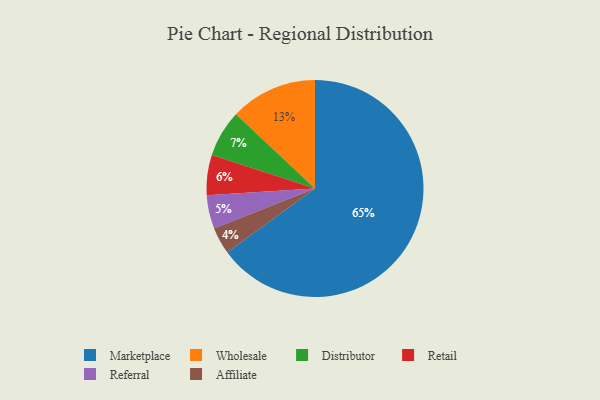
{"axis": {"x": "Category", "y": "Percentage"}, "legend": ["Affiliate", "Distributor", "Marketplace", "Referral", "Retail", "Wholesale"], "data": [{"x": "Referral", "y": 5, "type": "Referral"}, {"x": "Distributor", "y": 7, "type": "Distributor"}, {"x": "Retail", "y": 6, "type": "Retail"}, {"x": "Wholesale", "y": 13, "type": "Wholesale"}, {"x": "Marketplace", "y": 65, "type": "Marketplace"}, {"x": "Affiliate", "y": 4, "type": "Affiliate"}]}